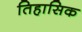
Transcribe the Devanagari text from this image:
तिहासिक